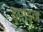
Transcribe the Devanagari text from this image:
हुए।इन